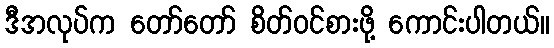
ဒီအလုပ်က တော်တော် စိတ်ဝင်စားဖို့ ကောင်းပါတယ်။